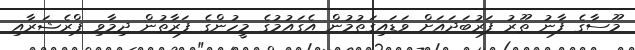
މޫސާގެ ފާނު ތޫރު ފަރުބަދައަށް ވަޑައިގަތުމުން އެގައުމުގެ މީހުންގެ ފަރާތުން ދިމާވި ޕްރެޝަރާއި